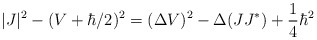
\begin{align*} |J|^2-(V+\hbar/2)^2= (\Delta V)^2-\Delta(JJ^*)+\frac{1}{4}\hbar^2\end{align*}